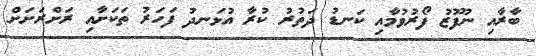
ބާރާއި ނުފޫޒު ފޯރުވުމާއި ކަނޑު ދަތުރު ކުރާ އުޅަނދު ފަހަރު ތަކަށާއި ރަށްރަށަށް